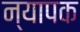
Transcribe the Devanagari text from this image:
न्यापक